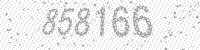
Solution: 858166